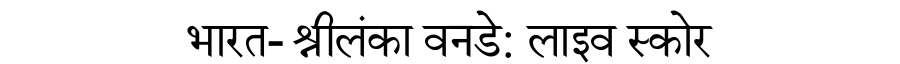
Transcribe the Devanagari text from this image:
भारत- श्रीलंका वनडे: लाइव स्कोर